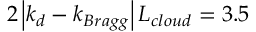
2 \left| k _ { d } - k _ { B r a g g } \right| L _ { c l o u d } = 3 . 5